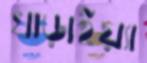
খাড়াইয়্যা